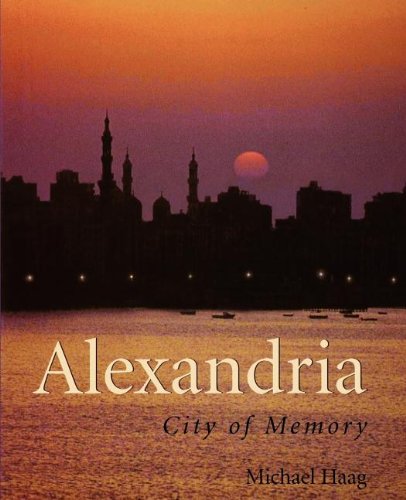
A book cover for Alexandria: City of Memory; Michael Haag; History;